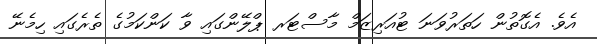
އެވެ. އެގޮތުން ހަތަރުވަނަ ޓުއަރިޒަމް މާސްޓަރ ޕްލޭންގައި ވާ ކަންކަމުގެ ތެރެގައި ހިމެނޭ